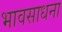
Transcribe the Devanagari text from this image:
भावसाधना